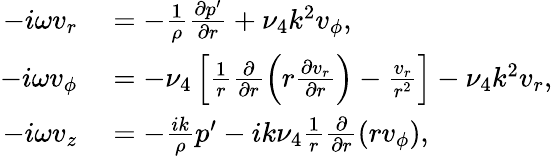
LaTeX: \begin{array}{rl}{-i\omega v_{r}}&{{}=-\frac{1}{\rho}\frac{\partial p^{\prime}}{\partial r}+\nu_{4}k^{2}v_{\phi},}\\ {-i\omega v_{\phi}}&{{}=-\nu_{4}\left[\frac{1}{r}\frac{\partial}{\partial r}\left(r\frac{\partial v_{r}}{\partial r}\right)-\frac{v_{r}}{r^{2}}\right]-\nu_{4}k^{2}v_{r},}\\ {-i\omega v_{z}}&{{}=-\frac{ik}{\rho}p^{\prime}-ik\nu_{4}\frac{1}{r}\frac{\partial}{\partial r}(rv_{\phi}),}\end{array}